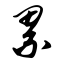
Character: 累